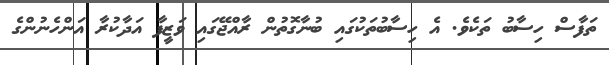
ތަފާސް ހިސާބު ތަކެވެ. އެ ހިސާބުތަކުގައި ބުނާގޮތުން ރާއްޖޭގައި ވަޒީފާ އަދާކުރާ އަންހެނުންގެ